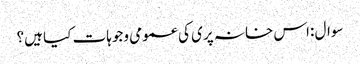
سوال :اس خانہ پری کی عمومی وجوہات کیا ہیں؟